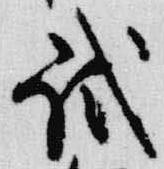
試